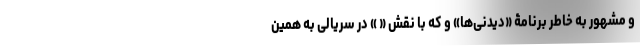
و مشهور به خاطر برنامۀ «دیدنی‌ها» و که با نقش « » در سریالی به همین